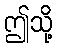
ဤသို့